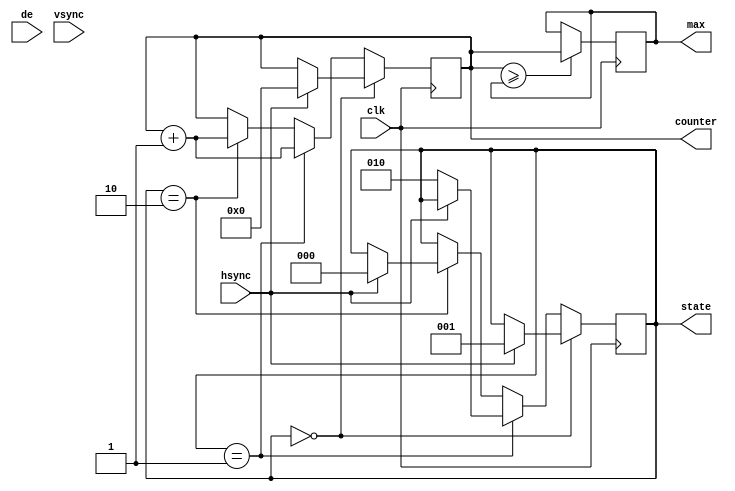
`timescale 1ns / 1ps
//////////////////////////////////////////////////////////////////////////////////
// Company: 
// Engineer: 
// 
// Design Name: 
// Module Name: hsize_counter
// Project Name: 
// Target Devices: 
// Tool Versions: 
// Description: 
// 
// Dependencies: 
// 
// Revision:
// Revision 0.01 - File Created
// Additional Comments:
// 
//////////////////////////////////////////////////////////////////////////////////


module hsize_counter(
    
    input clk,
    input de,
    input hsync,
    input vsync,
    
    output reg [11 : 0] counter = 0,
    output reg [11 : 0] max = 0,
    output reg [2 : 0] state = 0
);
    

    always @(posedge clk)
    begin
    
        if(counter >= max)
            max <= counter;
    
        if(state == 0)
        begin
            
            if(hsync == 1)
            begin
            
                counter <= 0;
                state <= 1;
            end
        end
        
        else if(state == 1)
        begin
        
            counter <= counter + 1;
            
            if(hsync == 0)
                state <= 2;
        end
        
        else if(state == 2)
        begin
            
            counter <= counter + 1;
            
            if(hsync == 1)
                state <= 0;
        end

    end
endmodule